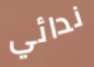
ندائي